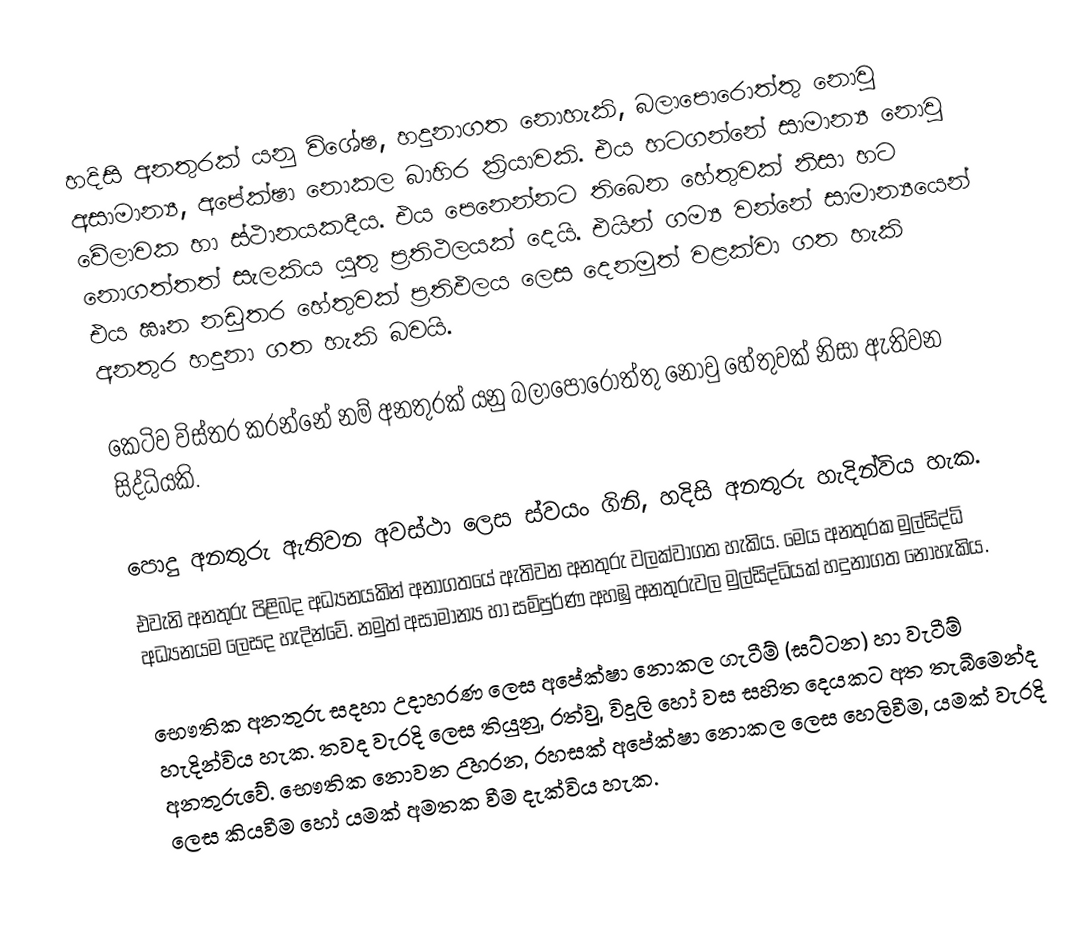
හදිසි අනතුරක් යනු විශේෂ, හදුනාගත නොහැකි, බලාපොරොත්තු නොවු අසාමාන්‍ය, අපේක්ෂා නොකල බාහිර ක්‍රියාවකි. එය හටගන්නේ සාමාන්‍ය නොවු වේලාවක හා ස්ථානයකදීය. එය පෙනෙන්නට තිබෙන හේතුවක් නිසා හට නොගත්තත් සැලකිය යුතු ප්‍රතිථලයක් දෙයි. එයින් ගම්‍ය වන්නේ සාමාන්‍යයෙන් එය ඝෘන නඩුතර හේතුවක් ප්‍රතිඵලය ලෙස දෙනමුත් වළක්වා ගත හැකි අනතුර හදුනා ගත හැකි බවයි.

කෙටිව විස්තර කරන්නේ නම් අනතුරක් යනු බලාපොරොත්තු නොවු හේතුවක් නිසා ඇතිවන සිද්ධියකි.

පොදු අනතුරු ඇතිවන අවස්ථා ලෙස ස්වයං ගිනි, හදිසි අනතුරු හැදින්විය හැක.
එවැනි අනතුරු පිළිබද අධ්‍යනයකින් අනාගතයේ ඇතිවන අනතුරු වලක්වාගත හැකිය. මෙය අනතුරක මුල්සිද්ධි අධ්‍යනයම ලෙසද හැදින්වේ. නමුත් අසාමාන්‍ය හා සම්පුර්ණ අහඹු අනතුරුවල මුල්සිද්ධියක් හදුනාගත නොහැකිය.

භෞතික අනතුරු සදහා උදාහරණ ලෙස අපේක්ෂා නොකල ගැටීම් (ඝට්ටන) හා වැටීම් හැදින්විය හැක. තවද වැරදි ලෙස තියුනු, රත්වු, විදුලි හෝ වස සහිත දෙයකට අත තැබීමෙන්ද අනතුරුවේ. භෞතික නොවන උිහරන, රහසක් අපේක්ෂා නොකල ලෙස හෙලිවීම, යමක් වැරදි ලෙස කියවීම හෝ යමක් අමතක වීම දැක්විය හැක.